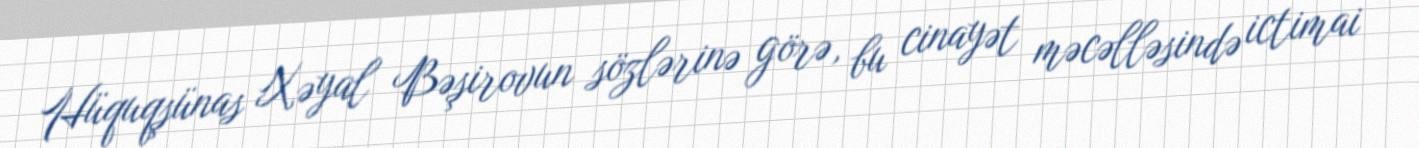
Hüquqşünas Xəyal Bəşirovun sözlərinə görə, bu cinayət məcəlləsində ictimai